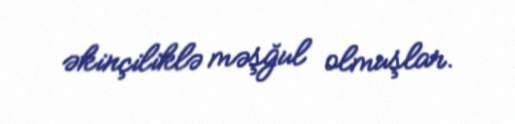
əkinçiliklə məşğul olmuşlar.